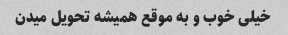
خیلی خوب و به موقع همیشه تحویل میدن